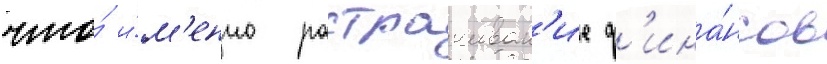
что́ и́м'енно растрачиван'ие ф'ина́нсов